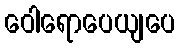
ဝေါရောပေယျပေ